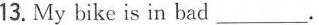
13. My bike is in bad___.